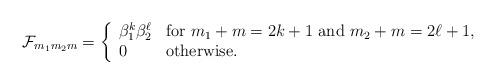
LaTeX: \begin{align*}{\cal F}_{m_1m_2m}=\left\{\begin{array}{ll}\beta _1^k\beta _2^\ell & \mbox{for $m_1+m=2k+1$ and $m_2+m=2\ell+1$,} \\0 & \mbox{otherwise.}\end{array}\right.\end{align*}